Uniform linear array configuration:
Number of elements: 48
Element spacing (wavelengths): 1
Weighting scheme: hamming
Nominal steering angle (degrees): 30
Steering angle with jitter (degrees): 29.365
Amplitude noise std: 0.05
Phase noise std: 0.05

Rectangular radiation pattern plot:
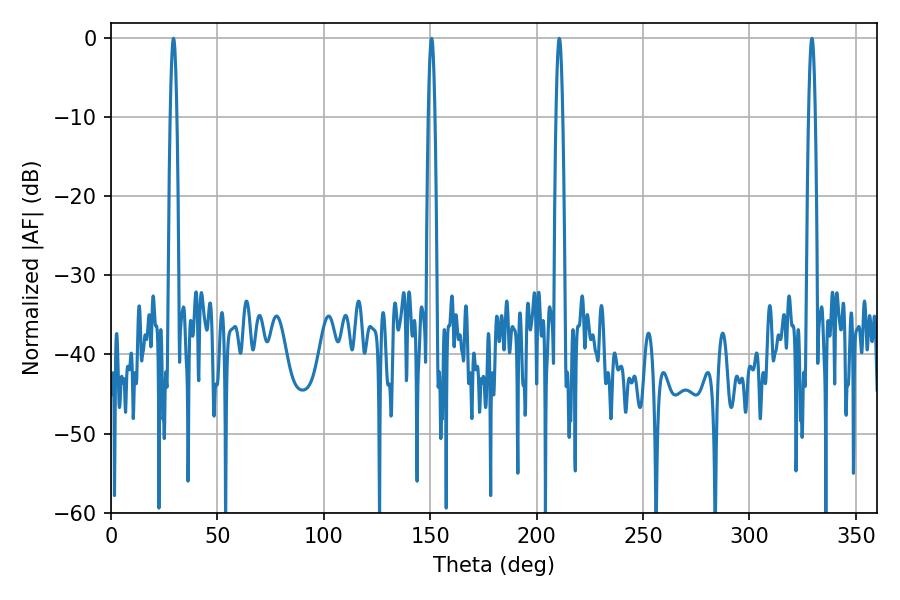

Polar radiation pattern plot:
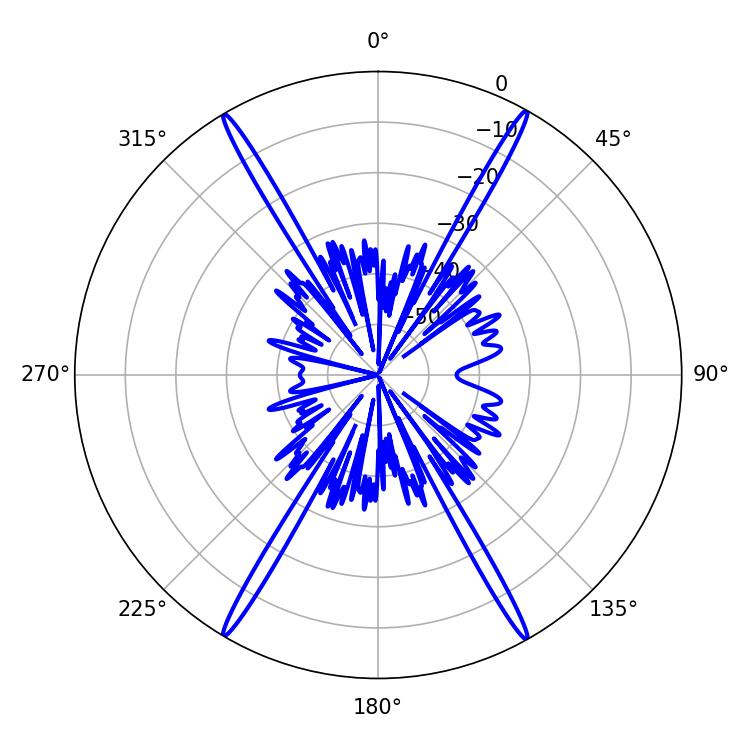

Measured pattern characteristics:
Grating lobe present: TRUE
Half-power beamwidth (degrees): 1.62
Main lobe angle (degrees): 29.34